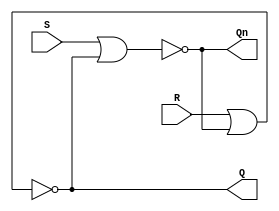
`default_nettype none

// Currently unused because Verilog doesn't like logic loops
// which SR latches are by definition.
// So instead my curcuit uses 74LS02 nor gate chip.

// Gate level
// http://www.barrywatson.se/dd/dd_sr_latch_ungated.html
// OR
// http://www.eng.auburn.edu/~strouce/class/elec4200/flip-flop.pdf

// -----------------------------------------------------------
// Un-gated Latch
// -----------------------------------------------------------
module SRLatch(
    input wire S, R,
    output wire Q, Qn
);
wire So_to_Ri;
wire Ro_to_Si;

nor(So_to_Ri, S, Ro_to_Si);
nor(Ro_to_Si, R, So_to_Ri);

assign Qn = So_to_Ri;
assign Q = Ro_to_Si;

// Behaviour level
// Causes logic loop
// always @(*) begin
//     Q  = ~(R | Qn);
//     Qn = ~(S | Q);
// end

endmodule

// -----------------------------------------------------------
// Gated Latch
// -----------------------------------------------------------
module SRGLatch(
    input wire S, R,
    input wire G,
    output wire Q, Qn
);

wire So_to_Ri;
wire Ro_to_Si;
wire S3_to_S31;
wire R3_to_R31;

and(S, G, S3_to_S31);
and(R, G, R3_to_R31);

nor(So_to_Ri, S3_to_S31, Ro_to_Si);
nor(Ro_to_Si, R3_to_R31, So_to_Ri);

assign Qn = So_to_Ri;
assign Q = Ro_to_Si;

// Behaviour level
// Causes logic loop
// always @(*) begin
//     Q  = ~(R | Qn);
//     Qn = ~(S | Q);
// end

endmodule